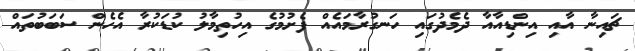
ޗައިނާ އާއި އިންޑިއާއާ ދެމެދުގައި ހަނގުރާމައެއް ފެށުމުގެ އިހުތިމާލު ކުޑަކުރާ އެހެން ސަބަބުތައް